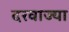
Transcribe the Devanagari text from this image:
दरवाज्या